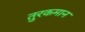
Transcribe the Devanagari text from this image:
तुरकमान